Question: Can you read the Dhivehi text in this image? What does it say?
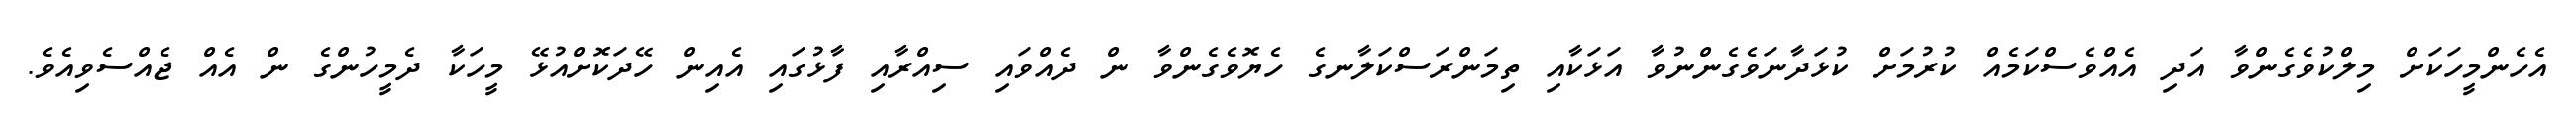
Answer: އެހެންމީހަކަށް މިލްކުވެގެންވާ އަދި އެއްވެސްކަމެއް ކުރުމަށް ކުޅަދާނަވެގެންނުވާ އަޅަކާއި ތިމަންރަސްކަލާނގެ ހެޔޮވެގެންވާ ން ދެއްވައި ސިއްރާއި ފާޅުގައި އެއިން ހޭދަކޮށްއުޅޭ މީހަކާ ދެމީހުންގެ ން އެއް ޖެއްސެވިއެވެ.